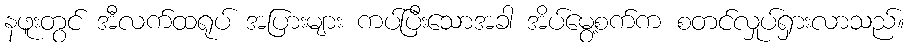
နဖူးတွင် အီလက်ထရုပ် အပြားများ ကပ်ပြီးသောအခါ အိပ်မွေ့စက်က စတင်လှုပ်ရှားလာသည်။